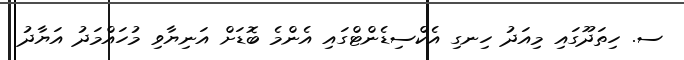
ސ. ހިތަދޫގައި މިއަދު ހިނގި އެކްސިޑެންޓްގައި އެންމެ ބޮޑަށް އަނިޔާވި މުހައްމަދު އަޔާދު